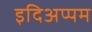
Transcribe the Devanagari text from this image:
इदिअप्पम